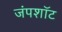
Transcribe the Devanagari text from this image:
जंपशॉट